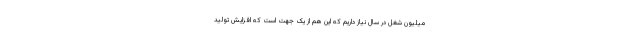
میلیون شغل در سال نیاز داریم که این هم از یک جهت است که افزایش تولید